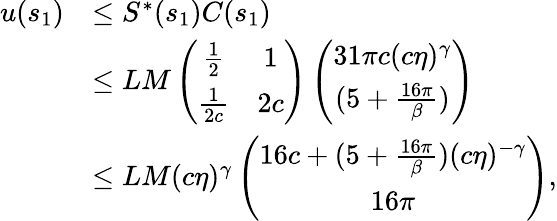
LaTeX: \begin{array}{rl}{u(s_{1})}&{\le S^{\ast}(s_{1})C(s_{1})}\\ &{\le LM\left(\begin{array}{cc}{\frac 12}&{1}\\ {\frac 1{2c}}&{2c}\end{array}\right)\left(\begin{array}{cc}{31\pi c(c\eta)^{\gamma}}\\ {(5+\frac{16\pi}\beta)}\end{array}\right)}\\ &{\le LM(c\eta)^{\gamma}\left(\begin{array}{c}{16c+(5+\frac{16\pi}\beta)(c\eta)^{-\gamma}}\\ {16\pi}\end{array}\right),}\end{array}